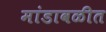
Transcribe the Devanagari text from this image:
मांडावळीत